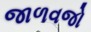
જાળવજો